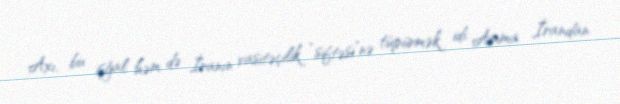
Axı, bu işğal həm də İranın vasitəçilik “siftəsi”nə tüpürmək idi. Amma İrandan